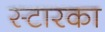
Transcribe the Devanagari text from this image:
स्टारका